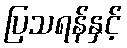
ပြသရန်နှင့်